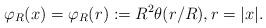
LaTeX: \begin{align*}\varphi_R(x) = \varphi_R(r) := R^2 \theta(r/R), r=|x|. \end{align*}